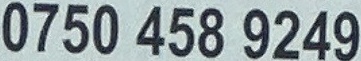
0750 458 9249